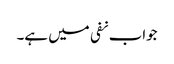
جواب نفی میں ہے۔